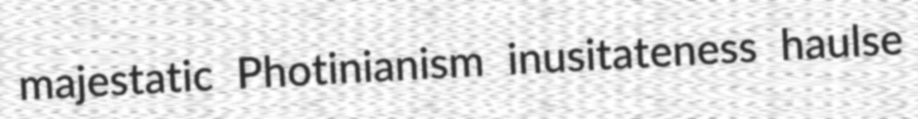
majestatic Photinianism inusitateness haulse